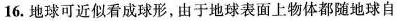
16.地球可近似看成球形，由于地球表面上物体都随地球自